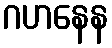
ဂဟနေန